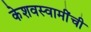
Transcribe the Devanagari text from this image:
केशवस्वामींची